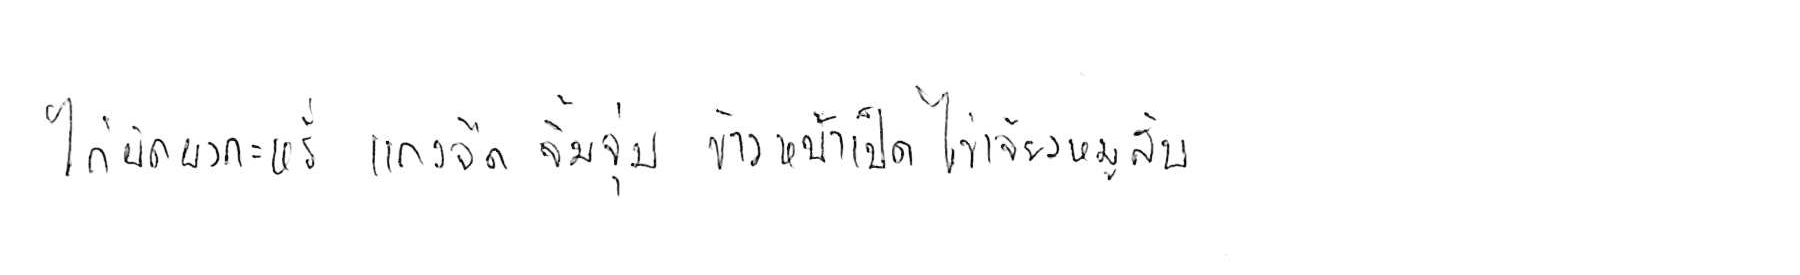
ไก่ผัดผงกะหรี่ แกงจืด จิ้มจุ่ม ข้าวหน้าเป็ด ไข่เจียวหมูสับ